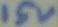
Text: 15v